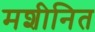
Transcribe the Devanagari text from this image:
मशीनित